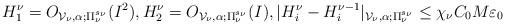
LaTeX: \begin{align*}H_1^\nu=O_{\mathcal{V}_\nu,\alpha;\Pi_\nu^{s_\nu}}(I^2),H_2^\nu=O_{\mathcal{V}_\nu,\alpha;\Pi_\nu^{s_\nu}}(I),|H_i^\nu-H_i^{\nu-1}|_{\mathcal{V}_\nu,\alpha;\Pi_\nu^{s_\nu}}\leq \chi_\nu C_0M\varepsilon_0\end{align*}